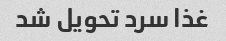
غذا سرد تحویل شد